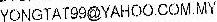
YONGTAT99@YAHOO.COM.MY